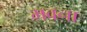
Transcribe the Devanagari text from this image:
भवना